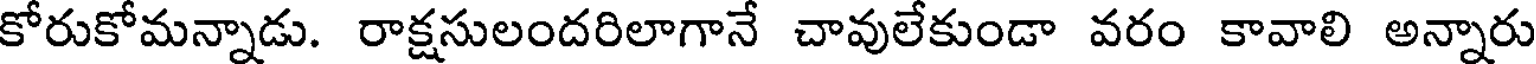
కోరుకోమన్నాడు. రాక్షసులందరిలాగానే చావులేకుండా వరం కావాలి అన్నారు